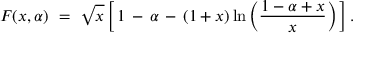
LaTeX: F ( x , \alpha ) \ = \ \sqrt { x } \, \Big [ \, 1 \, - \, \alpha \, - \, ( 1 + x ) \ln \Big ( \frac { 1 - \alpha + x } { x } \Big ) \, \Big ] \, .